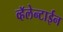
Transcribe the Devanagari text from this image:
व्हॅलेन्टाईन